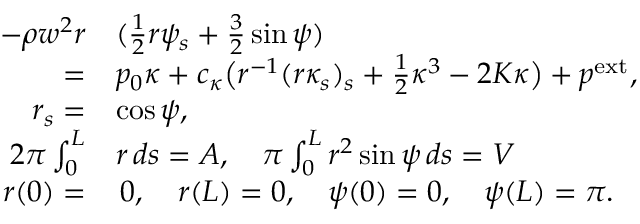
\begin{array} { r l } { - \rho w ^ { 2 } r } & { ( \frac { 1 } 2 r \psi _ { s } + \frac 3 2 \sin \psi ) } \\ { = } & { p _ { 0 } \kappa + c _ { \kappa } \big ( r ^ { - 1 } ( r \kappa _ { s } ) _ { s } + \frac 1 2 \kappa ^ { 3 } - 2 K \kappa \big ) + p ^ { \mathrm { e x t } } , } \\ { r _ { s } = } & { \cos \psi , } \\ { 2 \pi \int _ { 0 } ^ { L } } & { r \, d s = A , \quad \pi \int _ { 0 } ^ { L } r ^ { 2 } \sin \psi \, d s = V } \\ { r ( 0 ) = } & { \, 0 , \quad r ( L ) = 0 , \quad \psi ( 0 ) = 0 , \quad \psi ( L ) = \pi . } \end{array}